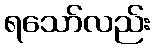
ရသော်လည်း